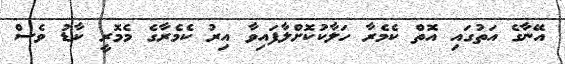
އޭނާގެ އަތުގައި އޮތް ކެމެރާ ހަލާކުކޮށްލާފައިވާ އިރު ކެމެރާގެ މެމޮރީ ކާޑު ވެސް